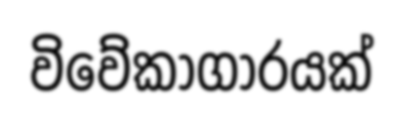
විවේකාගාරයක්